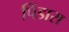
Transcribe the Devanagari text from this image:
पिंडारा